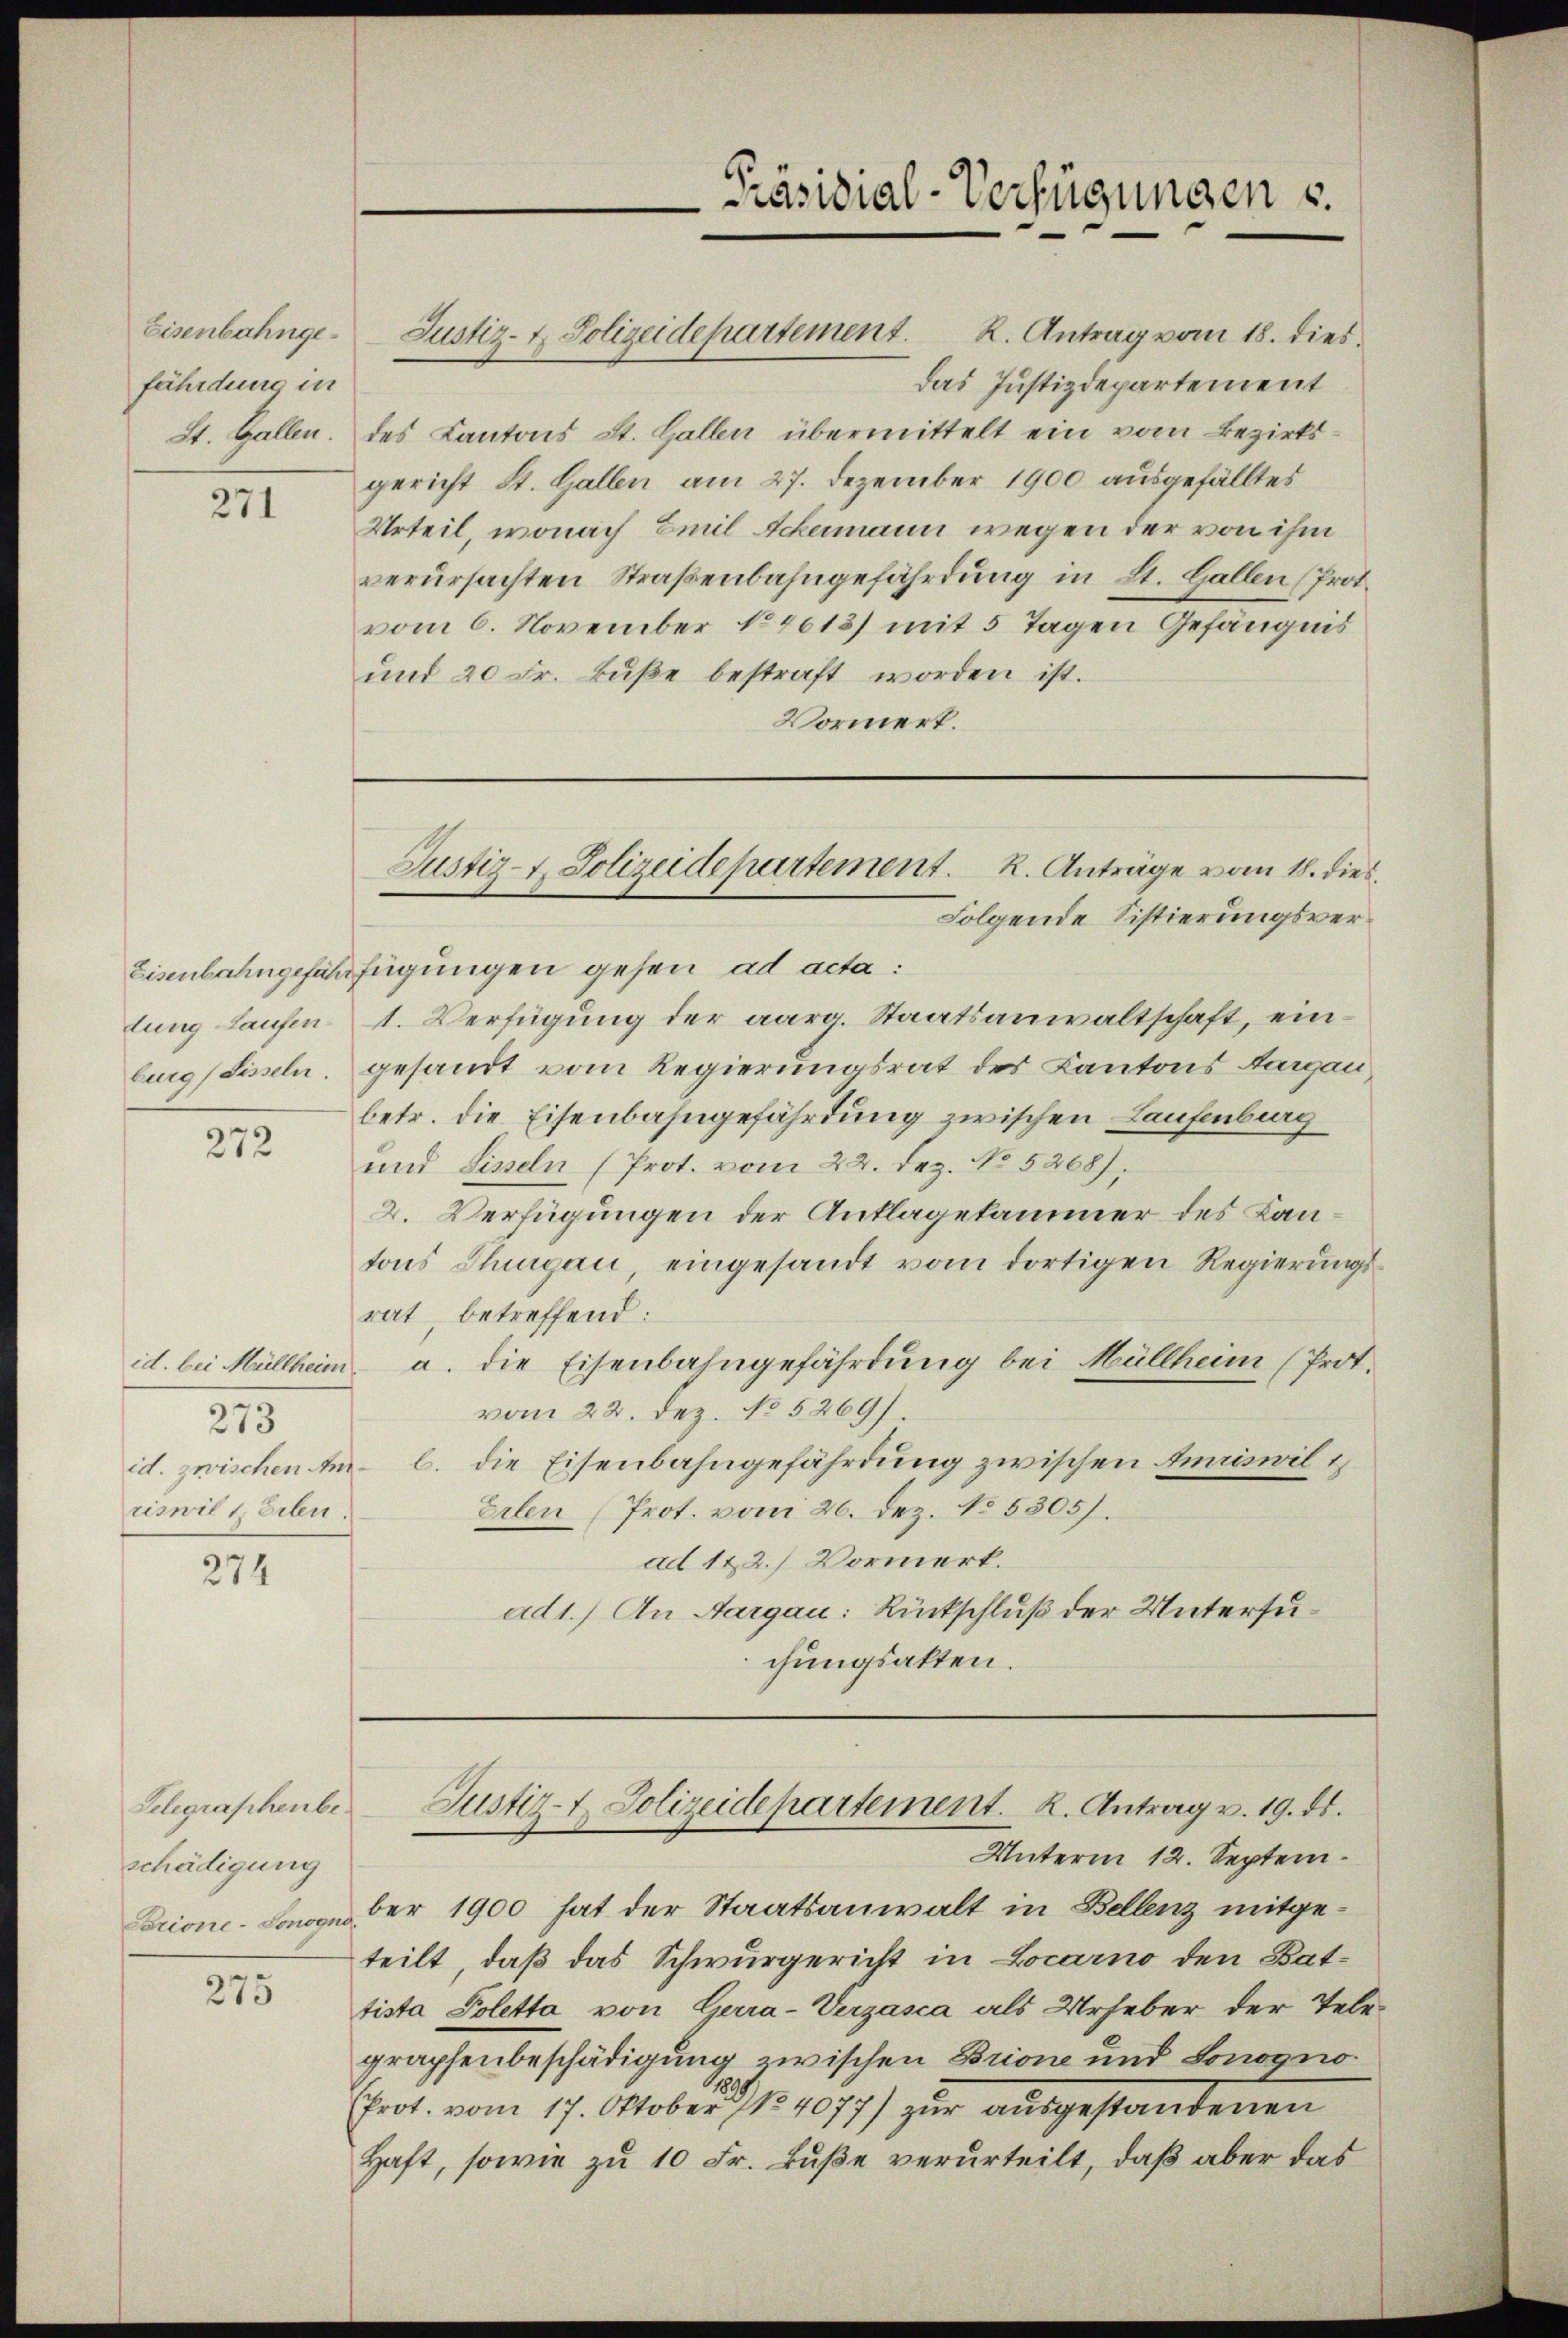
Eisenbahngefährdung in
St. Gallen

271

lung Laufen.

272

273
riswil, Erben.

274

Telegraphenbeschädigung

275

Justiz- & Polizeidepartement. K. Antrag vom 18. dies
das Justizdepartement
des Kantons St. Gallen übermittelt ein vom Bezirksgericht St. Gallen am 27. Dezember 1900 ausgefälltes
Urteil, wonach Emil Schermann wegen der von ihm
verursachten Straßenbahngefährdung in St. Gallen (Prot.
vom 6. November No4613/ mit 5 Tagen Gefängnis
und 20 Fr. Bŭβe bestraft worden ist.
Vormerk.

Präsidial-Verfügungen u.

Eisenbahngefährfügungen gehen ad acta:
1. Verfügung der aarg. Staatsanwaltschaft, einburg (Sisseln. gesandt vom Regierungsrat des Kantons Aargau
betr. die Eisenbahngefährdung zwischen Laufenburg
und Liseln (Prot. vom 22. Dez. No 5208).
2. Verfügungen der Anklagekammer des Lantons Thurgau, eingesandt vom dortigen Regierungsrat, betreffend:
id. bei Müllheim a. die Eisenbahngefährdung bei Müllheim (Prot.
vom 22. Dez. No 5269).
id. zwischen Am l. die Eisenbahngefährdung zwischen Amriswil
Erlen (Prot. vom 26. Dez. No. 5305).
ad 1 & 2.) Vormerk.
ad1.) An Aargau: Rückschluß der Untersuchungsakten.

Justiz- & Polizeidepartement. K. Anträge vom 18. dies
Folgende Sistierungsver¬

Justiz-t. Polizeidepartement. K. Antrag v. 19. ds.

Unterm 12. Septem
Erione-Fonogeber 1900 hat der Staatsanwalt in Bellenz mitgeteilt, daß das Schwurgericht in Locarno den Battista Poletta von Gerra-Verzasca als Urheber der Telegraphenbeschädigung zwischen Brione und Sonogno
(frot. vom 17. Oktober 1/124077) zur ausgestandenen
Haft, sowie zu 10 Fr. Buße verurteilt, daß aber das